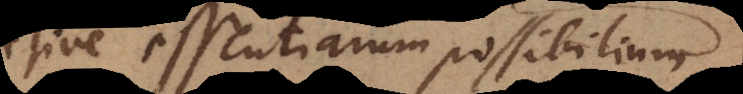
sive essentiarum possibilium